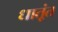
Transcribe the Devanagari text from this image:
धातूंत